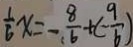
\frac { 1 } { 6 } x = - \frac { 8 } { 6 } + ( - \frac { 9 } { 6 } )